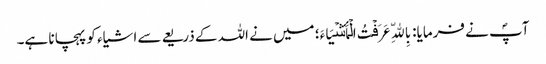
آپؐ نے فرمایا: بِاللّهِ عَرَفۡتُ الۡأَشۡیَاءَ؛ میں نے اللہ کے ذریعے سے اشیاء کو پہچانا ہے۔